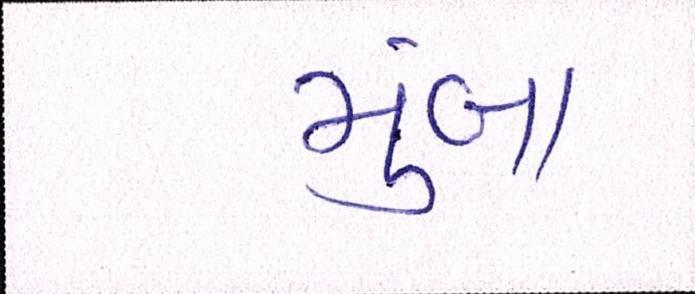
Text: મુંબા